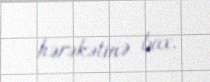
hərəkətinə bax.